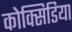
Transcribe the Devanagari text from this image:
कोक्सिडिया